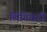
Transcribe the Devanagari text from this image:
लिंगियारी